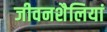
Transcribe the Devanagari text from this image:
जीवनशैलियां